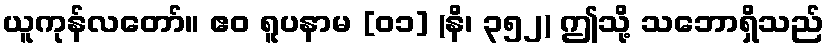
ယူကုန်လတော်။ ဧဝ ရူပနာမ [၀၁] (နိ၊ ၃၅၂) ဤသို့ သဘောရှိသည်